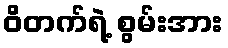
ဝိတက်ရဲ့ စွမ်းအား